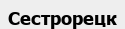
Сестрорецк